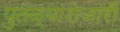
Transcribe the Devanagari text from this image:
पुतळ्याशेजारी